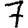
Digit: 7